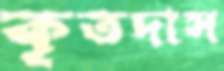
কৃতদাস